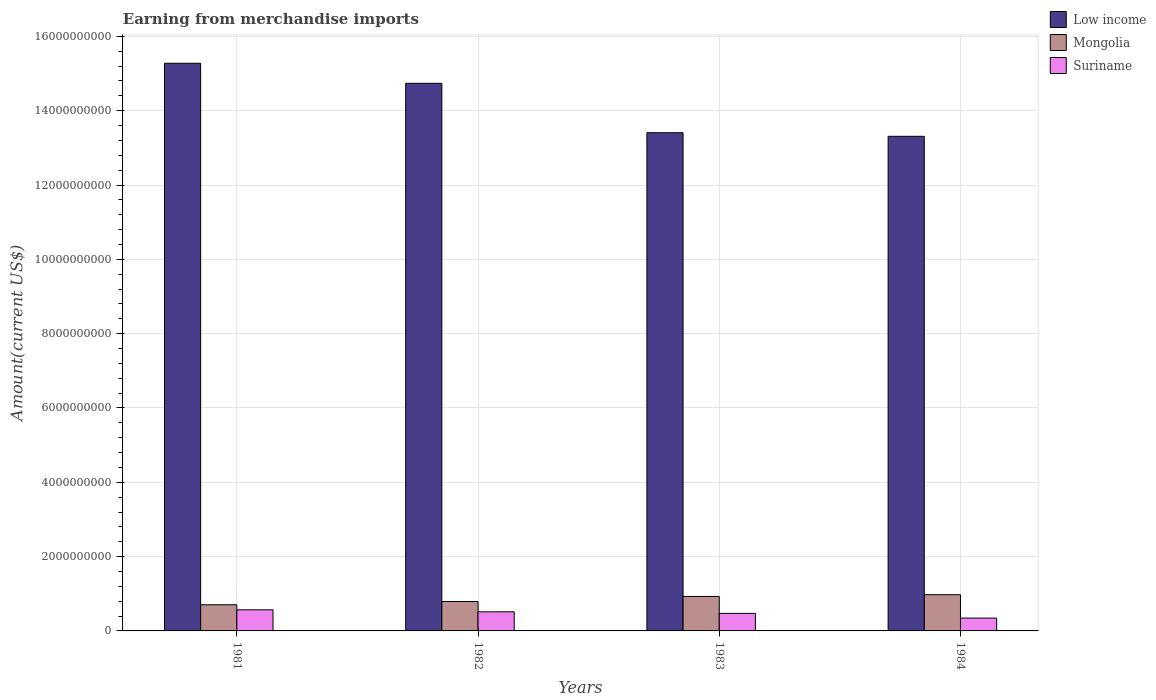
| Years | Low income | Mongolia | Suriname |
 | --- | --- | --- | --- |
 | 1981 | 1.53e+10 | 7.04e+08 | 5.68e+08 |
 | 1982 | 1.47e+10 | 7.91e+08 | 5.14e+08 |
 | 1983 | 1.34e+10 | 9.28e+08 | 4.72e+08 |
 | 1984 | 1.33e+10 | 9.75e+08 | 3.46e+08 |